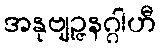
အနုဗျဉ္ဇနဂ္ဂါဟီ